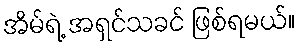
အိမ်ရဲ့ အရှင်သခင် ဖြစ်ရမယ်။